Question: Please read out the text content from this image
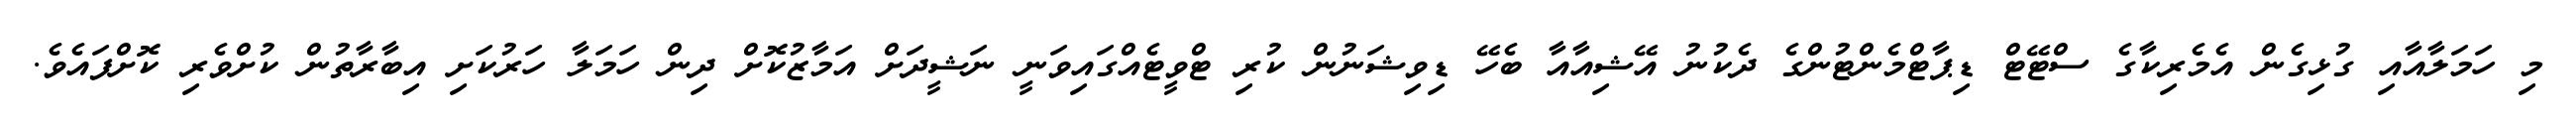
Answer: މި ހަމަލާއާއި ގުޅިގެން އެމެރިކާގެ ސްޓޭޓް ޑިޕާޓްމެންޓުންގެ ދެކުނު އޭޝިއާއާ ބެހޭ ޑިވިޝަނުން ކުރި ޓްވީޓެއްގައިވަނީ ނަޝީދަށް އަމާޒުކޮށް ދިން ހަމަލާ ހަރުކަށި އިބާރާތުން ކުށްވެރި ކޮށްފައެވެ.